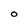
Character: O